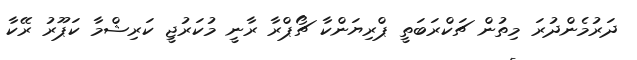
ދަރުމެންދުރަ މިތުން ޗަކްރަބަތީ ޕްރިޔަންކާ ޗޯޕްރާ ރާނީ މުކަރުޖީ ކަރިޝްމާ ކަޕޫރު ރޭކާ